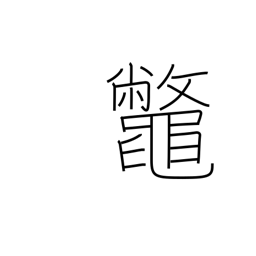
Meaning: snapping turtle